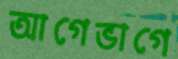
আগেভাগে